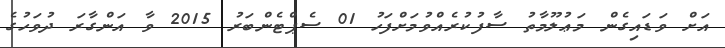
އަށް ވަޑައިގެން މަޢުލޫމާތު ސާފުކުރެއްވުމަށްފަހު 01 ސެޕްޓެންބަރު 2015 ވާ އަންގާރަ ދުވަހުގެ